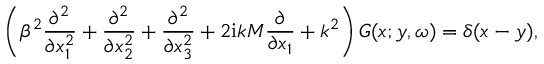
\left( \beta ^ { 2 } \frac { \partial ^ { 2 } } { \partial x _ { 1 } ^ { 2 } } + \frac { \partial ^ { 2 } } { \partial x _ { 2 } ^ { 2 } } + \frac { \partial ^ { 2 } } { \partial x _ { 3 } ^ { 2 } } + 2 \mathrm { i } k M \frac { \partial } { \partial x _ { 1 } } + k ^ { 2 } \right) G ( \boldsymbol { x } ; \boldsymbol { y } , \omega ) = \delta ( \boldsymbol { x } - \boldsymbol { y } ) ,